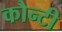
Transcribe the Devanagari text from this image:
कौन्टी